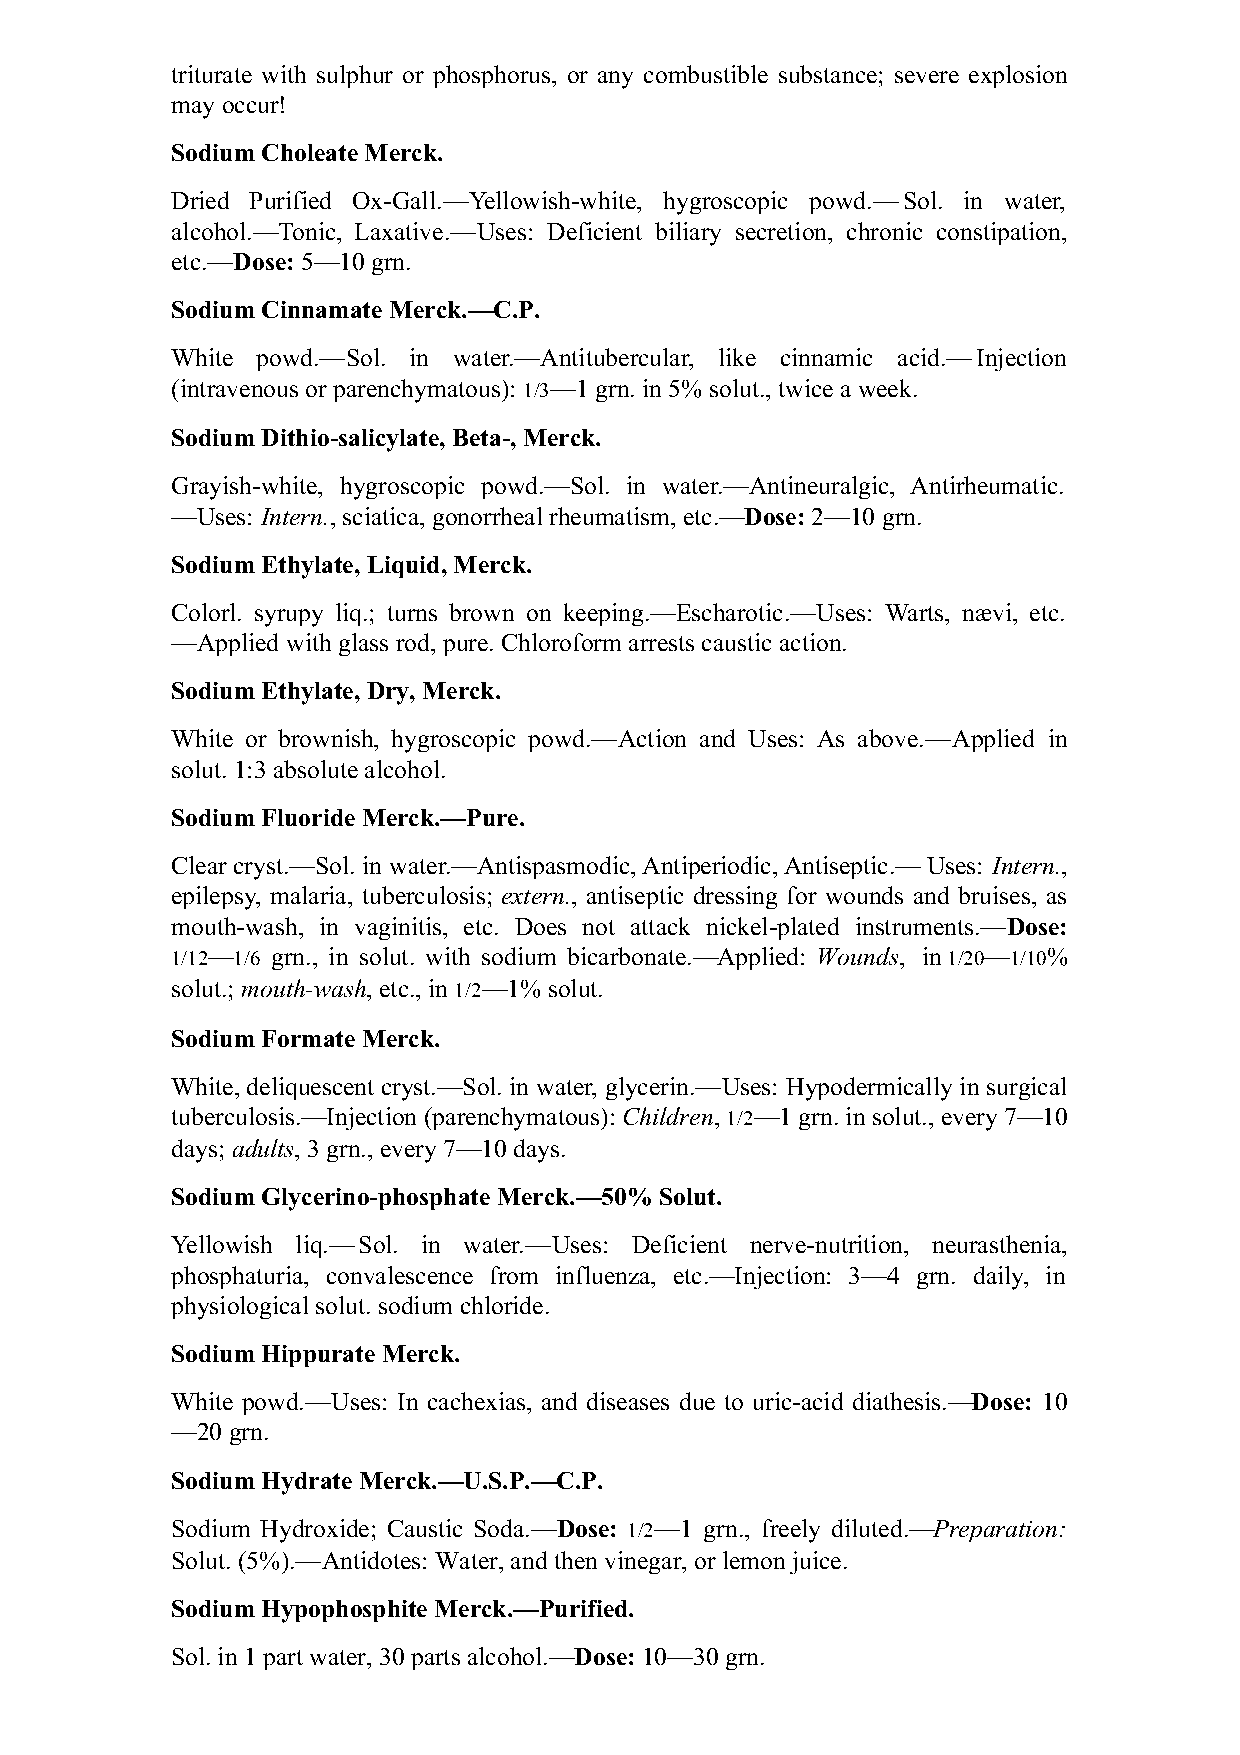
triturate with sulphur or phosphorus, or any combustible substance; severe explosion
 may occur!
 Sodium Choleate Merck.
 Dried Purified Ox-Gall.—Yellowish-white, hygroscopic powd.—Sol. in water,
 alcohol.—Tonic, Laxative.—Uses: Deficient biliary secretion, chronic constipation,
 etc.—Dose: 5—10 grn.
 Sodium Cinnamate Merck.—C.P.
 White powd.—Sol. in water.—Antitubercular, like cinnamic acid.—Injection
 (intravenous or parenchymatous): 1/3—1 grn. in 5% solut., twice a week.
 Sodium Dithio-salicylate, Beta-, Merck.
 Grayish-white, hygroscopic powd.—Sol. in water.—Antineuralgic, Antirheumatic.
 —Uses: Intern., sciatica, gonorrheal rheumatism, etc.—Dose: 2—10 grn.
 Sodium Ethylate, Liquid, Merck.
 Colorl. syrupy liq.; turns brown on keeping.—Escharotic.—Uses: Warts, nævi, etc.
 —Applied with glass rod, pure. Chloroform arrests caustic action.
 Sodium Ethylate, Dry, Merck.
 White or brownish, hygroscopic powd.—Action and Uses: As above.—Applied in
 solut. 1:3 absolute alcohol.
 Sodium Fluoride Merck.—Pure.
 Clear cryst.—Sol. in water.—Antispasmodic, Antiperiodic, Antiseptic.—Uses: Intern.,
 epilepsy, malaria, tuberculosis; extern., antiseptic dressing for wounds and bruises, as
 mouth-wash, in vaginitis, etc. Does not attack nickel-plated instruments.—Dose:
 1/12—1/6 grn., in solut. with sodium bicarbonate.—Applied: Wounds, in 1/20—1/10%
 solut.; mouth-wash, etc., in 1/2—1% solut.
 Sodium Formate Merck.
 White, deliquescent cryst.—Sol. in water, glycerin.—Uses: Hypodermically in surgical
 tuberculosis.—Injection (parenchymatous): Children, 1/2—1 grn. in solut., every 7—10
 days; adults, 3 grn., every 7—10 days.
 Sodium Glycerino-phosphate Merck.—50% Solut.
 Yellowish liq.—Sol. in water.—Uses: Deficient nerve-nutrition, neurasthenia,
 phosphaturia, convalescence from influenza, etc.—Injection: 3—4 grn. daily, in
 physiological solut. sodium chloride.
 Sodium Hippurate Merck.
 White powd.—Uses: In cachexias, and diseases due to uric-acid diathesis.—Dose: 10
 —20 grn.
 Sodium Hydrate Merck.—U.S.P.—C.P.
 Sodium Hydroxide; Caustic Soda.—Dose: 1/2—1 grn., freely diluted.—Preparation:
 Solut. (5%).—Antidotes: Water, and then vinegar, or lemon juice.
 Sodium Hypophosphite Merck.—Purified.
 Sol. in 1 part water, 30 parts alcohol.—Dose: 10—30 grn.